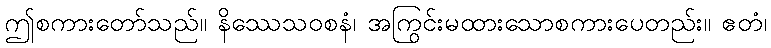
ဤစကားတော်သည်။ နိဿေသဝစနံ၊ အကြွင်းမထားသောစကားပေတည်း။ ဧတံ၊